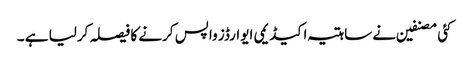
کئی مصنفین نے ساہتیہ اکیڈیمی ایوارڈز واپس کرنے کا فیصلہ کرلیا ہے ۔